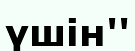
үшін''